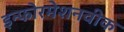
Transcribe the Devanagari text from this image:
इन्फोरमेशनवीक